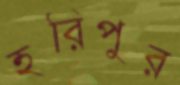
হরিপুর